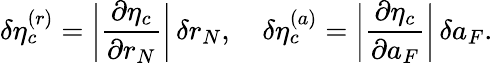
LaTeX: \delta\eta_{c}^{(r)}=\bigg|\frac{\partial\eta_{c}}{\partial r_{N}}\bigg|\, \delta r_{N},\quad\delta\eta_{c}^{(a)}=\bigg|\frac{\partial\eta_{c}}{\partial a_{F}}\bigg|\, \delta a_{F}.